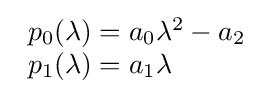
{\begin{array}{l}p_{0}(\lambda )=a_{0}\lambda ^{2}-a_{2}\\p_{1}(\lambda )=a_{1}\lambda \end{array}}